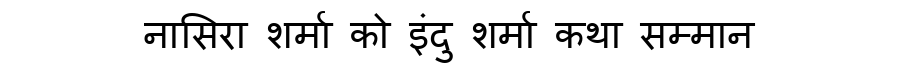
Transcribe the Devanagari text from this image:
नासिरा शर्मा को इंदु शर्मा कथा सम्मान